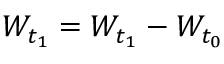
W _ { t _ { 1 } } = W _ { t _ { 1 } } - W _ { t _ { 0 } }